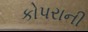
કોપરાની